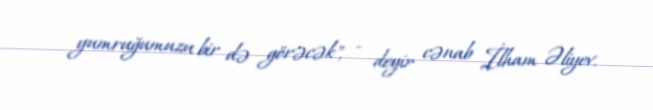
yumruğumuzu bir də görəcək", - deyir cənab İlham Əliyev.